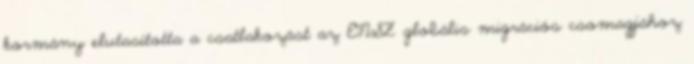
kormány elutasította a csatlakozást az ENSZ globális migrációs csomagjához